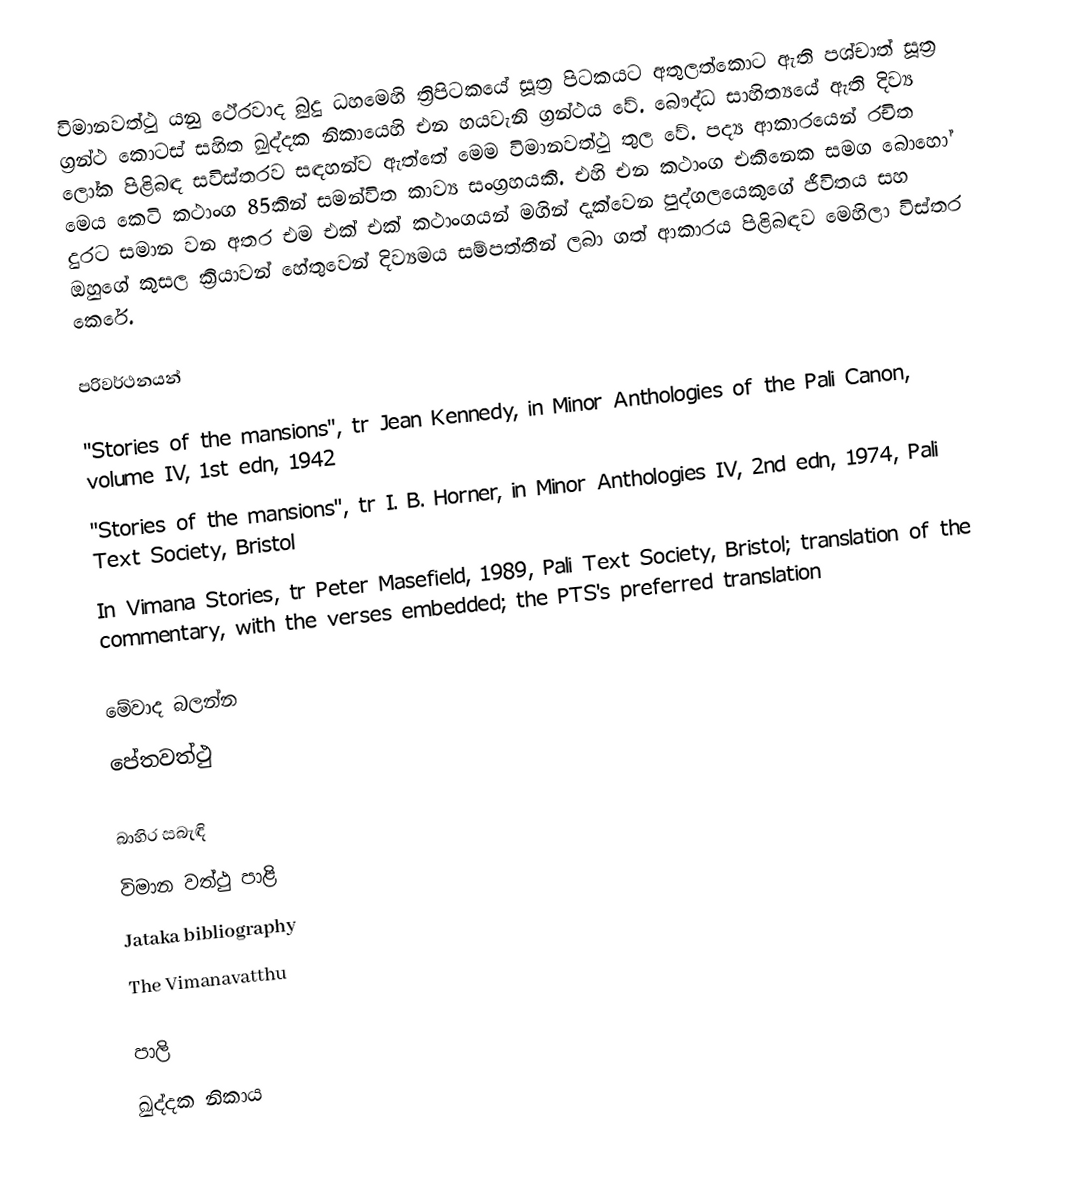
විමානවත්ථු යනු ථේරවාද බුදු ධහමෙහි ත්‍රිපිටකයේ සූත්‍ර පිටකයට අතුලත්කොට ඇති පශ්චාත් සූත්‍ර ග්‍රන්ථ කොටස් සහිත ඛුද්දක නිකායෙහි එන හයවැනි ග්‍රන්ථය වේ. බෞද්ධ සාහිත්‍යයේ ඇති දිව්‍ය ලෝක පිළිබඳ සවිස්තරව සඳහන්ව ඇත්තේ මෙම විමානවත්ථු තුල වේ. පද්‍ය ආකාරයෙන් රචිත මෙය කෙටි කථාංග 85කින් සමන්විත කාව්‍ය සංග්‍රහයකි. එහි එන කථාංග එකිනෙක සමග බොහෝ දුරට සමාන වන අතර එම එක් එක් කථාංගයන් මගින් දැක්වෙන පුද්ගලයෙකුගේ ජීවිතය සහ ඔහුගේ කුසල ක්‍රියාවන් හේතුවෙන් දිව්‍යමය සම්පත්තීන් ලබා ගත් ආකාරය පිළිබඳව මෙහිලා විස්තර කෙරේ.

පරිවර්ථනයන්

 "Stories of the mansions", tr Jean Kennedy, in Minor Anthologies of the Pali Canon, volume IV, 1st edn, 1942
 "Stories of the mansions", tr I. B. Horner, in Minor Anthologies IV, 2nd edn, 1974, Pali Text Society, Bristol
 In Vimana Stories, tr Peter Masefield, 1989, Pali Text Society, Bristol; translation of the commentary, with the verses embedded; the PTS's preferred translation

මේවාද බලන්න
 පේතවත්ථු

බාහිර සබැඳි
විමාන වත්ථු පාළි
Jataka bibliography
The Vimanavatthu

පාලි
ඛුද්දක නිකාය